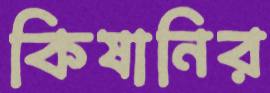
কিষানির